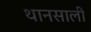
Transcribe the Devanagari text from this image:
थानसाली